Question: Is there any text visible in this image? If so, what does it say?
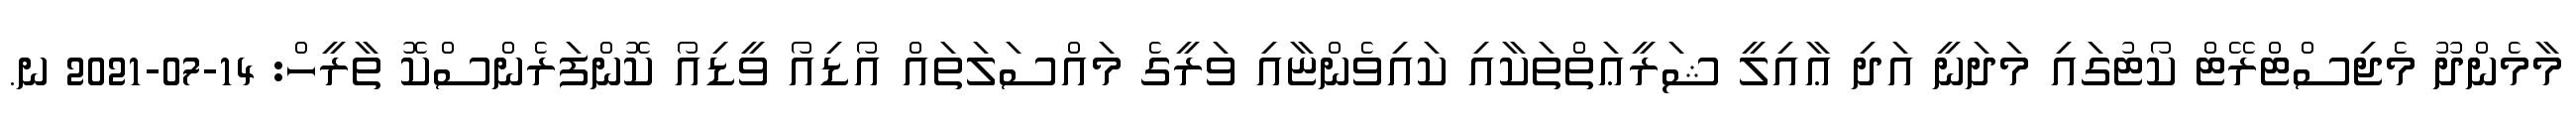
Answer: މާމެންދޫ މެޖިސްޓްރޭޓް ކޯޓުގައި މަދަނީ އަދި ޢާއިލީ ޝަރީޢަތްތަކާއި ކައިވެންޏާއި ވަރީގެ މައްސަލަތައް އޯޑިއޯ ވީޑިއޯ ކޮންފަރެންސްކޮ ތާރީހް: 14-07-2021 ނ.